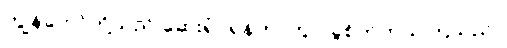
ကျွန်တော်တို့သည် ဆေးရုံဝရန်တာတွင် ခွဲစိတ်ကုသကြသည်။